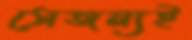
সেজন্যই